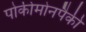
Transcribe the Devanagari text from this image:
पोकीमोनपैकी